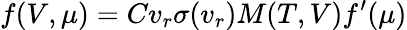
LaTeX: f(V,\mu)=Cv_{r}\sigma(v_{r})M(T,V)f^{\prime}(\mu)